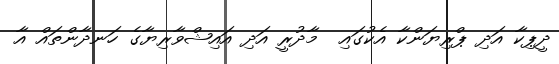
ދީޕިކާ އަދި ޕްރިޔަންކާ އެކުގައި  މާދުރީ އަދި އައިޝްވާރިޔާގެ ހަނދާންތައް އާ